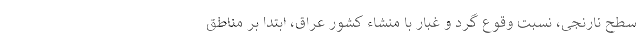
سطح نارنجی، نسبت وقوع گرد و غبار با منشاء کشور عراق، ابتدا بر مناطق